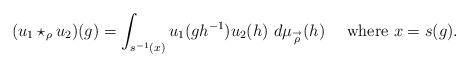
LaTeX: \begin{align*} (u_1\star_{\rho} u_2)(g)= \int_{s^{-1}(x)} u_1(gh^{-1})u_2(h)\ d\mu_{\stackrel{\rightarrow}{\rho}}(h) \ \ \ \ \textrm{where}\ x= s(g).\end{align*}